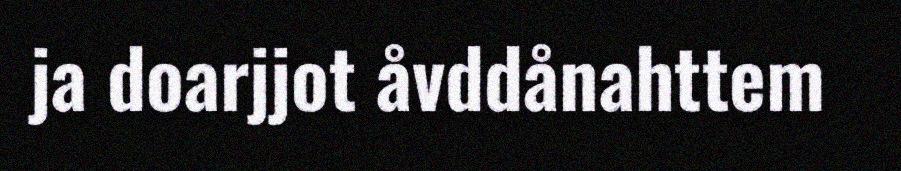
ja doarjjot åvddånahttem